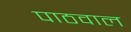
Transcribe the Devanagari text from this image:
पाठवाल